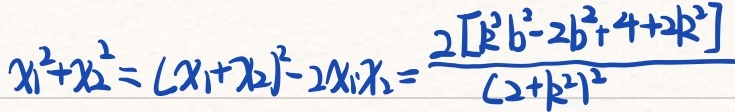
\[
x_{1}^{2}+x_{2}^{2}=(x_{1}+x_{2})^{2}-2x_{1}x_{2}=\frac{2\left[k^{2}b^{2}-2b^{2}+4 + 2k^{2}\right]}{(2 + k^{2})^{2}}
\]